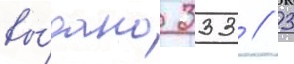
вы́дано 333 / 3